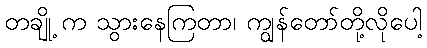
တချို့ က သွားနေကြတာ၊ ကျွန်တော်တို့လိုပေါ့